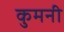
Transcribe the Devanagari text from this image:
कुमनी